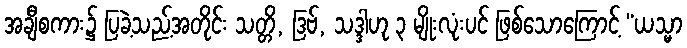
အချီစကား၌ ပြခဲ့သည့်အတိုင်း သတ္တိ, ဒြဗ်, သဒ္ဒါဟု ၃ မျိုးလုံးပင် ဖြစ်သောကြောင့် “ယသ္မာ